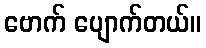
ဗောက် ပျောက်တယ်။